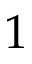
1